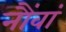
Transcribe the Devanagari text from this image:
नौंवां